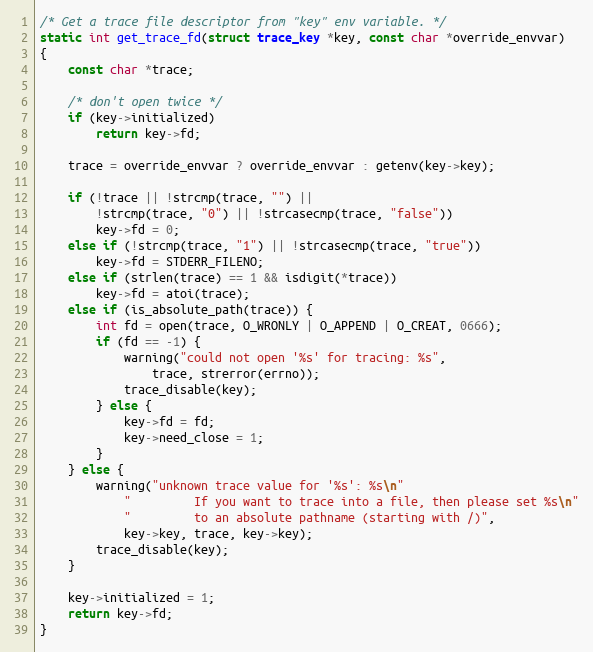
Language: C
/* Get a trace file descriptor from "key" env variable. */
static int get_trace_fd(struct trace_key *key, const char *override_envvar)
{
	const char *trace;

	/* don't open twice */
	if (key->initialized)
		return key->fd;

	trace = override_envvar ? override_envvar : getenv(key->key);

	if (!trace || !strcmp(trace, "") ||
	    !strcmp(trace, "0") || !strcasecmp(trace, "false"))
		key->fd = 0;
	else if (!strcmp(trace, "1") || !strcasecmp(trace, "true"))
		key->fd = STDERR_FILENO;
	else if (strlen(trace) == 1 && isdigit(*trace))
		key->fd = atoi(trace);
	else if (is_absolute_path(trace)) {
		int fd = open(trace, O_WRONLY | O_APPEND | O_CREAT, 0666);
		if (fd == -1) {
			warning("could not open '%s' for tracing: %s",
				trace, strerror(errno));
			trace_disable(key);
		} else {
			key->fd = fd;
			key->need_close = 1;
		}
	} else {
		warning("unknown trace value for '%s': %s\n"
			"         If you want to trace into a file, then please set %s\n"
			"         to an absolute pathname (starting with /)",
			key->key, trace, key->key);
		trace_disable(key);
	}

	key->initialized = 1;
	return key->fd;
}